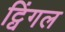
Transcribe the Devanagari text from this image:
ट्विंगल